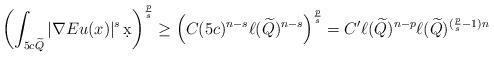
LaTeX: \begin{align*} \left(\int_{5c\widetilde Q} |\nabla Eu(x) |^s \,\d x \right)^\frac{p}{s} \ge \left( C (5c)^{n-s}\ell(\widetilde Q)^{n-s} \right)^\frac{p}{s} = C' \ell(\widetilde Q)^{n - p}\ell(\widetilde Q)^{(\frac{p}{s} - 1)n} \end{align*}